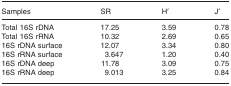
| Samples | SR | H′ | J′ |
 | --- | --- | --- | --- |
 | Total 16S rDNA | 17.25 | 3.59 | 0.78 |
 | Total 16S rRNA | 10.32 | 2.69 | 0.65 |
 | 16S rDNA surface | 12.07 | 3.34 | 0.80 |
 | 16S rRNA surface | 3.647 | 1.20 | 0.40 |
 | 16S rDNA deep | 11.78 | 3.09 | 0.75 |
 | 16S rRNA deep | 9.013 | 3.25 | 0.84 |